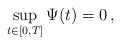
\begin{align*}\sup_{t\in[0,T]}\Psi(t) = 0\, ,\end{align*}